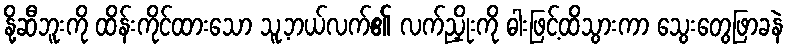
နို့ဆီဘူးကို ထိန်းကိုင်ထားသော သူ့ဘယ်လက်၏ လက်ညှိုးကို ဓါးဖြင့်ထိသွားကာ သွေးတွေဖြာခနဲ